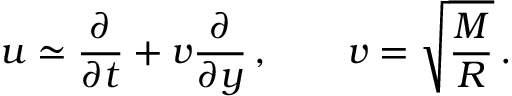
u \simeq \frac { \partial } { \partial t } + v \frac { \partial } { \partial y } \, , \qquad v = \sqrt { \frac { M } { R } } \, .